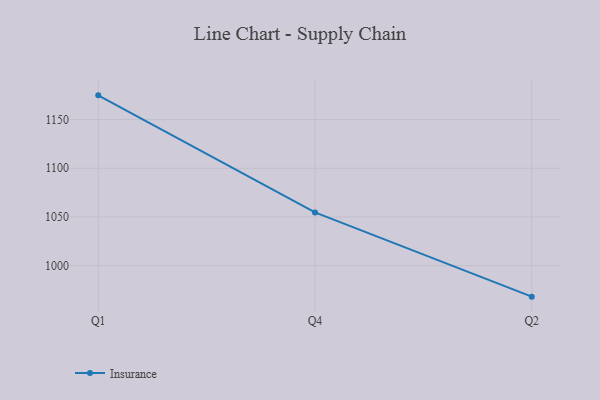
{"axis": {"x": "Quarter", "y": "Latency (ms)"}, "legend": ["Insurance"], "data": [{"x": "Q1", "y": 1174.9, "type": "Insurance"}, {"x": "Q4", "y": 1054.6, "type": "Insurance"}, {"x": "Q2", "y": 968.1, "type": "Insurance"}]}